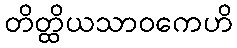
တိတ္ထိယသာဝကေဟိ